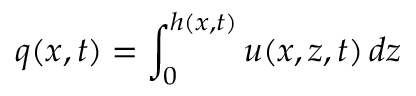
q ( x , t ) = \int _ { 0 } ^ { h ( x , t ) } u ( x , z , t ) \, d z